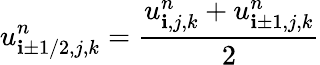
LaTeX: u_{\mathbf{i}\pm1/2,j,k}^{n}=\frac{{u_{\mathbf{i},j,k}^{n}+u_{\mathbf{i}\pm1,j,k}^{n}}}{{2}}